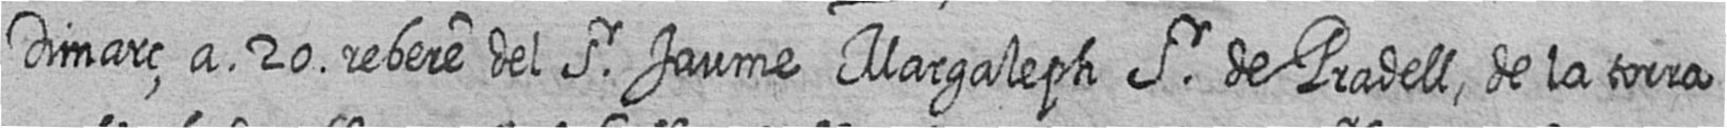
Dimarç a 20 rebere del Sr Jaume Margaleph Sr de Pradell de la torra